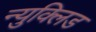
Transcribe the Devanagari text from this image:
न्युक्लिड